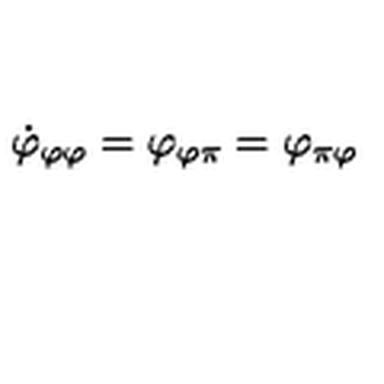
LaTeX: \dot { \varphi } _ { \varphi \varphi } = \varphi _ { \varphi \pi } = \varphi _ { \pi \varphi }